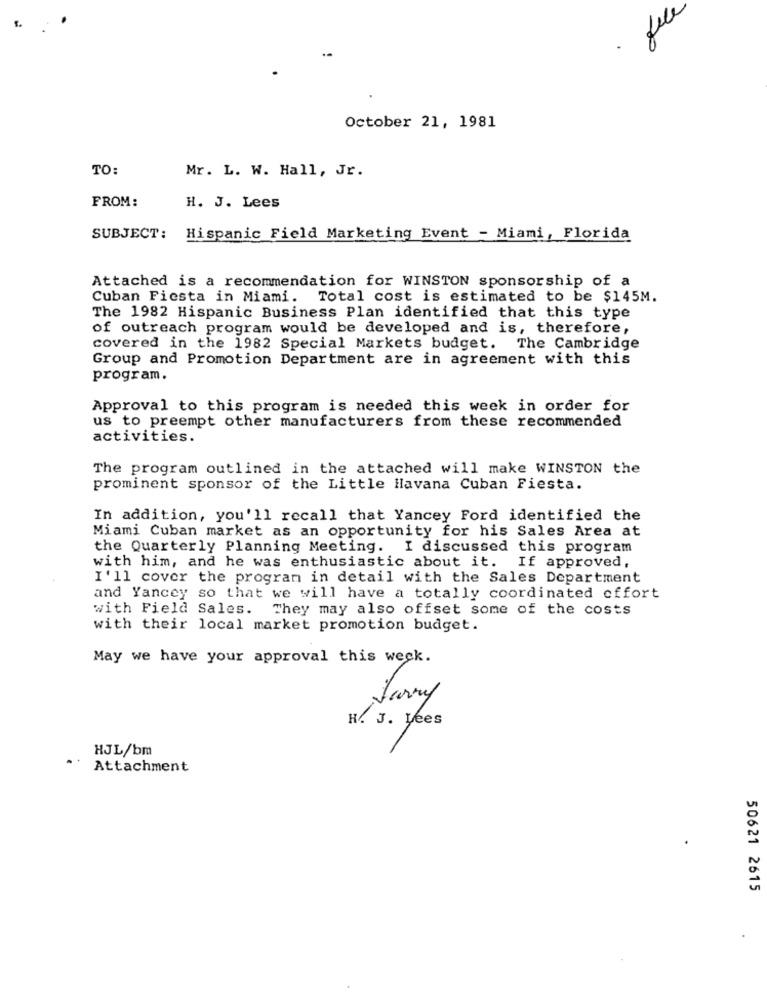
file
October 21, 1981
TO:
Mr. L. W. Hall, Jr.
FROM:
H. J. Lees
SUBJECT: Hispanic Field Marketing Event - Miami, Florida
Attached is a recommendation for WINSTON sponsorship of a
Cuban Fiesta in Miami. Total cost is estimated to be $145M.
The 1982 Hispanic Business Plan identified that this type
of outreach program would be developed and is, therefore,
covered in the 1982 Special Markets budget. The Cambridge
Group and Promotion Department are in agreement with this
program.
Approval to this program is needed this week in order for
us to preempt other manufacturers from these recommended
activities.
The program outlined in the attached will make WINSTON the
prominent sponsor of the Little Havana Cuban Fiesta.
In addition, you'll recall that Yancey Ford identified the
Miami Cuban market as an opportunity for his Sales Area at
the Quarterly Planning Meeting. I discussed this program
with him, and he was enthusiastic about it. If approved,
I'll cover the program in detail with the Sales Department
and Yancey so that we will have a totally coordinated offort
with Field Sales. They may also offset some of the costs
with their local market promotion budget.
May we have your approval this week.
Jarry
H. J. Lees
HJL/bm
Attachment
50621 2615